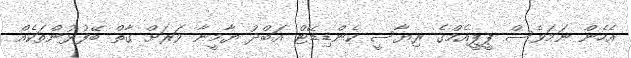
އެހެން ނަމަވެސް ޕީޕީއެމްގެ ރިޔާސީ ކެންޑިޑޭޓް އަބްދު ޔާމީނާ ވަރަށް ގާތް ބޭފުޅުންތަކެއް